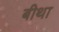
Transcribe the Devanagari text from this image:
बीथा